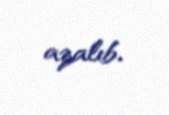
azalıb.